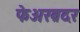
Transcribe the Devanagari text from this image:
फेअरब्रदर